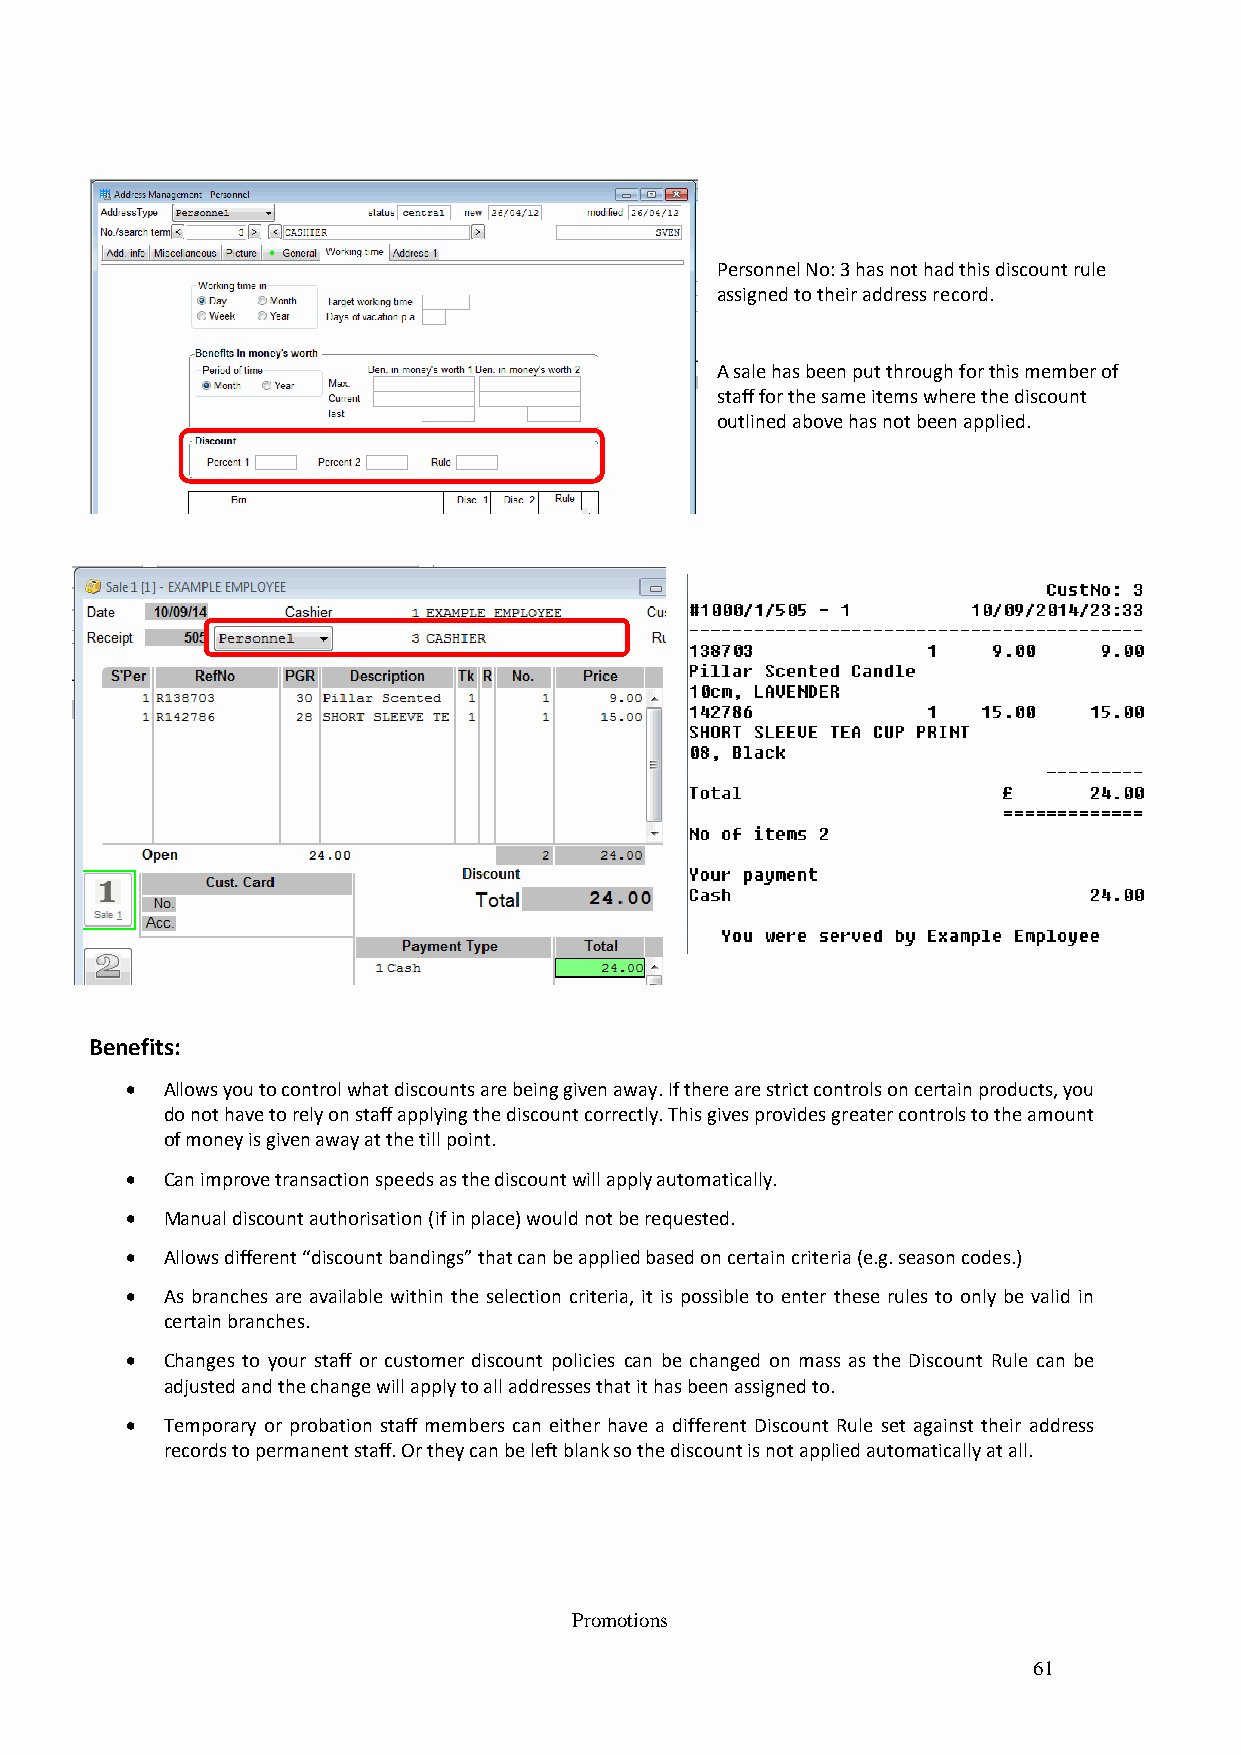
Personnel No: 3 has not had this discount rule
 assigned to their address record.
 A sale has been put through for this member of
 staff for the same items where the discount
 outlined above has not been applied.
 s
 s
 Benefits:
   Allo ws you to control what discounts are being given away. If there are strict controls on certain products, you
 do not have to rely on staff applying the discount correctly. This gives provides greater controls to the amount
 of money is given away at the till point.
   Can improve transaction speeds as the discount will apply automatically.
   Ma nual discount authorisation (if in place) would not be requested.
   Allo ws different “discount bandings” that can be applied based on certain criteria (e.g. season codes.)
   As branches are available within the selection criteria, it is possible to enter these rules to only be valid in
 certain branches.
   Changes to your staff or customer discount policies can be changed on mass as the Discount Rule can be
 adj usted and the change will apply to all addresses that it has been assigned to.
   Tem porary or probation staff members can either have a different Discount Rule set against their address
 records to permanent staff. Or they can be left blank so the discount is not applied automatically at all.
 Promotions
 61